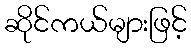
ဆိုင်ကယ်များဖြင့်